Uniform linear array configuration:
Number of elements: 16
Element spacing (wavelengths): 0.25
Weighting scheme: cosine
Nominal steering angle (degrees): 30
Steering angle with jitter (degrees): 29.349
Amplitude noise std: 0.05
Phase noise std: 0.05

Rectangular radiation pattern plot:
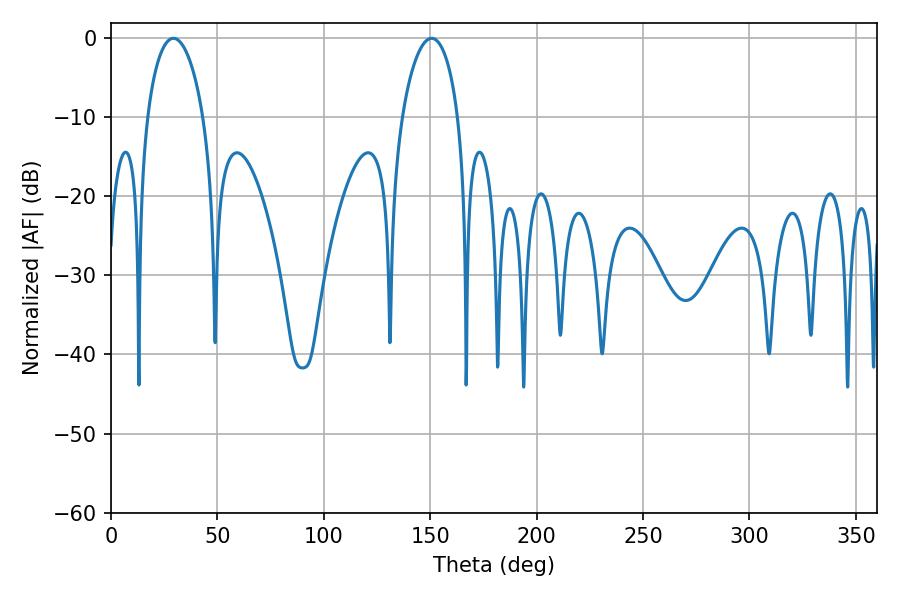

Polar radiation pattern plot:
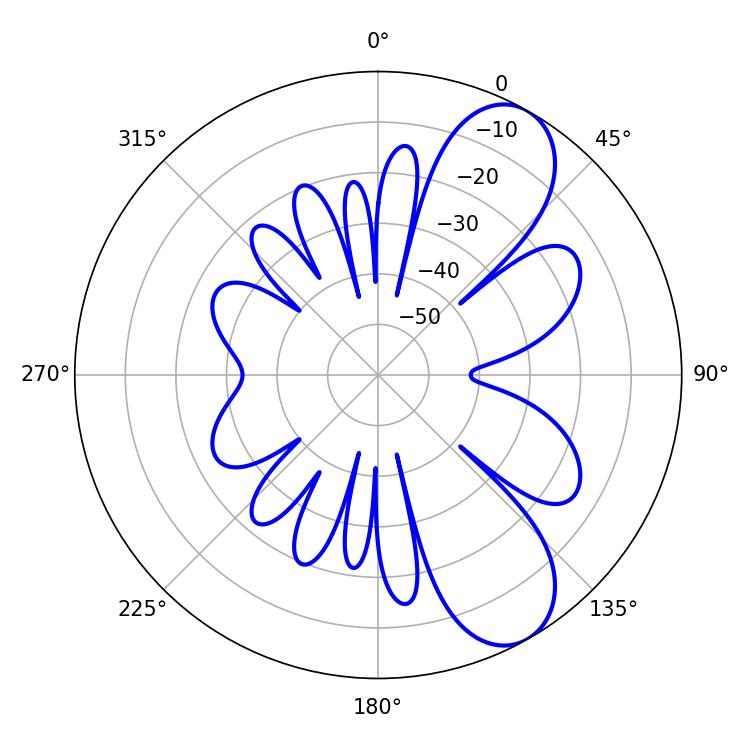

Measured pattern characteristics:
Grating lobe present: FALSE
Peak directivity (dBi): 8.503
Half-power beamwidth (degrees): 14.94
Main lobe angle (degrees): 29.34